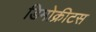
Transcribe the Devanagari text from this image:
डिमोक्रीटस